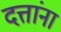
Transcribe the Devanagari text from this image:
दत्तांना